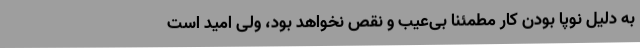
به دلیل نوپا بودن کار مطمئنا بی‌عیب و نقص نخواهد بود، ولی امید است